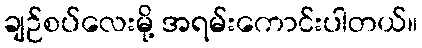
ချဉ်စပ်လေးမို့ အရမ်းကောင်းပါတယ်။